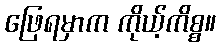
ဖြေရမှာက ကိုယ့်ကိစ္စ။